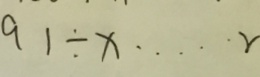
9 1 \div x \cdots r